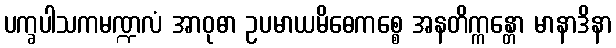
ပက္ခပါသကမဏ္ဍလံ အာဝုဓာ ဥပမာယမိဓေကစ္စေ အနတိက္ကန္တော မာနာဒိနာ